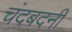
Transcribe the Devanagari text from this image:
चंदबदनी